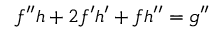
f ^ { \prime \prime } h + 2 f ^ { \prime } h ^ { \prime } + f h ^ { \prime \prime } = g ^ { \prime \prime }